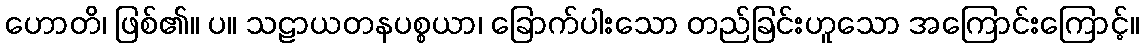
ဟောတိ၊ ဖြစ်၏။ ပ။ သဠာယတနပစ္စယာ၊ ခြောက်ပါးသော တည်ခြင်းဟူသော အကြောင်းကြောင့်။